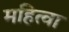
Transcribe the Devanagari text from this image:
महित्वा